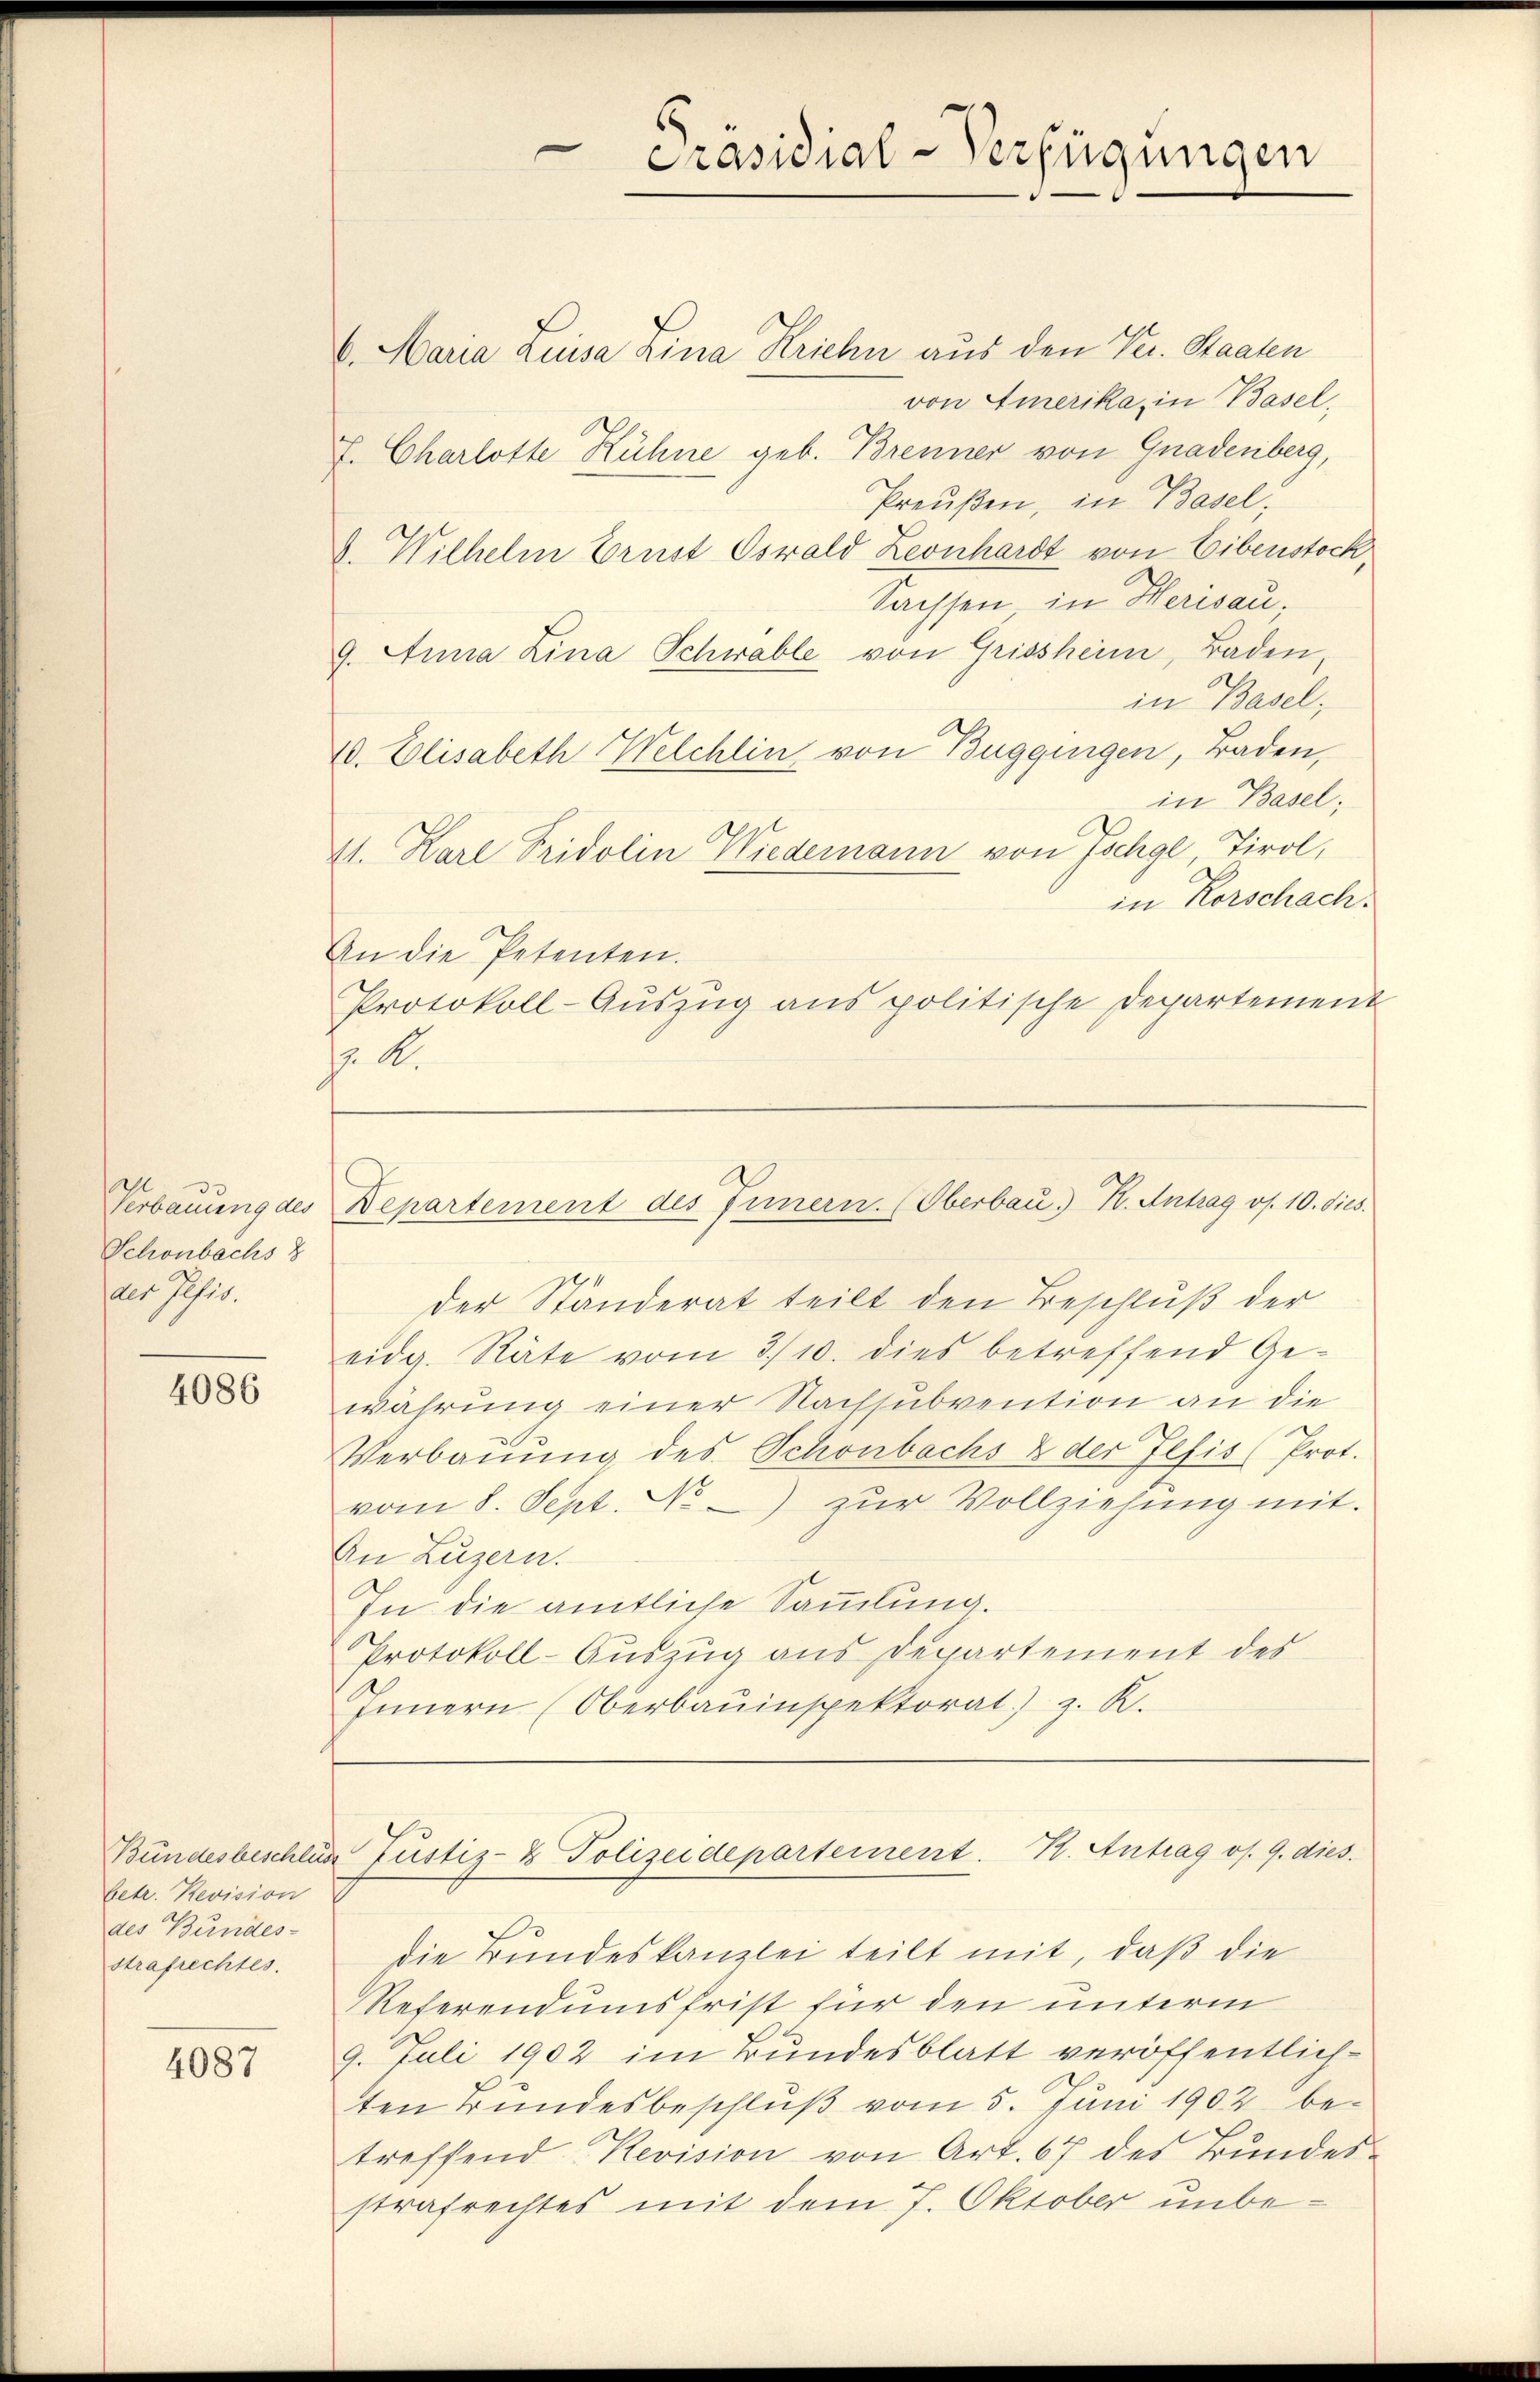
Verbauung des
Schönbachs 8
des Jusis.

4086

betr. Revision
des Bundes-
strafrechtes.

4087

6. Maria Lisa Lina Kriehn aus den Ver. Staaten
von Amerika, in Basel,
7. Charlotte Hühne geb. Brenner von Gnadenberg,
Preußen, in Basel,
d. Wilhelm Brust Oswald Leonhardt von Eibenstock,
Sachsen, in Herisau,
9. Anna Lina Schwable von Grissheim, Baden,
in Basel,
10. Elisabeth Welchlin von Buggingen, Baden,
in Basel;
4. Karl Fridolin Niedemann von Tschgl, Tirol,
in Korschach.
An die Petenten.
Protokoll-Aŭszŭg ans politische Departement
J. A.

der Ständerat teilt den Beschluß der
eidg. Räte vom 3./10. dies betreffend Gewährung einer Nachsubvention an die
Verbauung des Schönbachs & der Jefis (Prot.
vom 8. Sept. No zur Vollziehung mit.
An Luzern.
In die amtliche Sammlung.
Protokoll-Auszug aus Departement des
Innern (Oberbauinspektorat) z. R.

Präsidial-Verfügungen

Departement des Innern. (Oberbau. H. Antrag os. 10. dies

Bundesbeschlus Justiz- & Polizeidepartement. K. Antrag os. 9. dies

die Bundeskanzlei teilt mit, daß die
Referendumsfrist für den unterm
9. Juli 1902 im Bundesblatt veröffentlichten Bundesbeschluß vom 5. Juni 1902 betreffend Revision von Art. 67 des Bundes-
strafrechtes mit dem 7. Oktober unbe¬